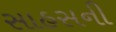
સાહસની